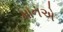
માનએ